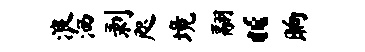
浪洒剥咫境翮“晌